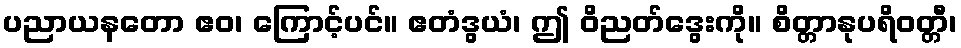
ပညာယနတော ဧဝ၊ ကြောင့်ပင်။ ဧတံဒွယံ၊ ဤ ဝိညတ်ဒွေးကို။ စိတ္တာနုပရိဝတ္တီ၊